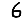
Digit: 6